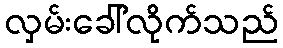
လှမ်းခေါ်လိုက်သည်